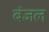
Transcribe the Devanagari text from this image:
बंजल